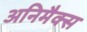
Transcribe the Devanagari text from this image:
अनिमैक्स